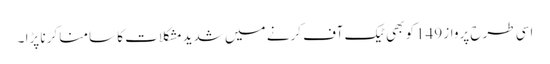
اسی طرح پرواز 149کو بھی ٹیک آف کرنے میں شدیدمشکلات کا سامنا کرنا پڑا ۔